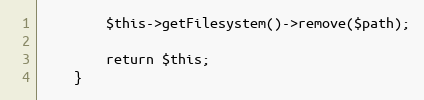
Language: PHP
        $this->getFilesystem()->remove($path);

        return $this;
    }